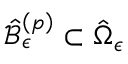
\hat { \mathcal { B } } _ { \epsilon } ^ { \left( p \right) } \subset \hat { \Omega } _ { \epsilon }